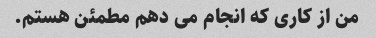
من از کاری که انجام می دهم مطمئن هستم.